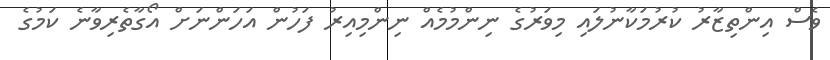
ވެސް އިންތިޒާރު ކުރުމަކާނުލައި މިވަރުގެ ނިންމުމެއް ނިންމިއިރު ފަހުން އަހަންނަށް އޯގާތެރިވާނެ ކަމުގެ